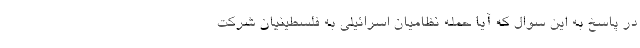
در پاسخ به این سوال که آیا حمله نظامیان اسرائیلی به فلسطینیان شرکت